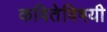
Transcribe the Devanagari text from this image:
कवितेविषयी